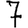
Digit: 7